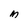
Character: M